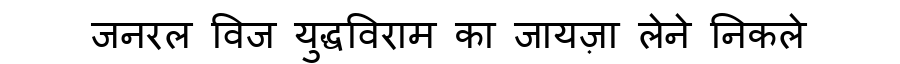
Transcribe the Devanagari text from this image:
जनरल विज युद्धविराम का जायज़ा लेने निकले